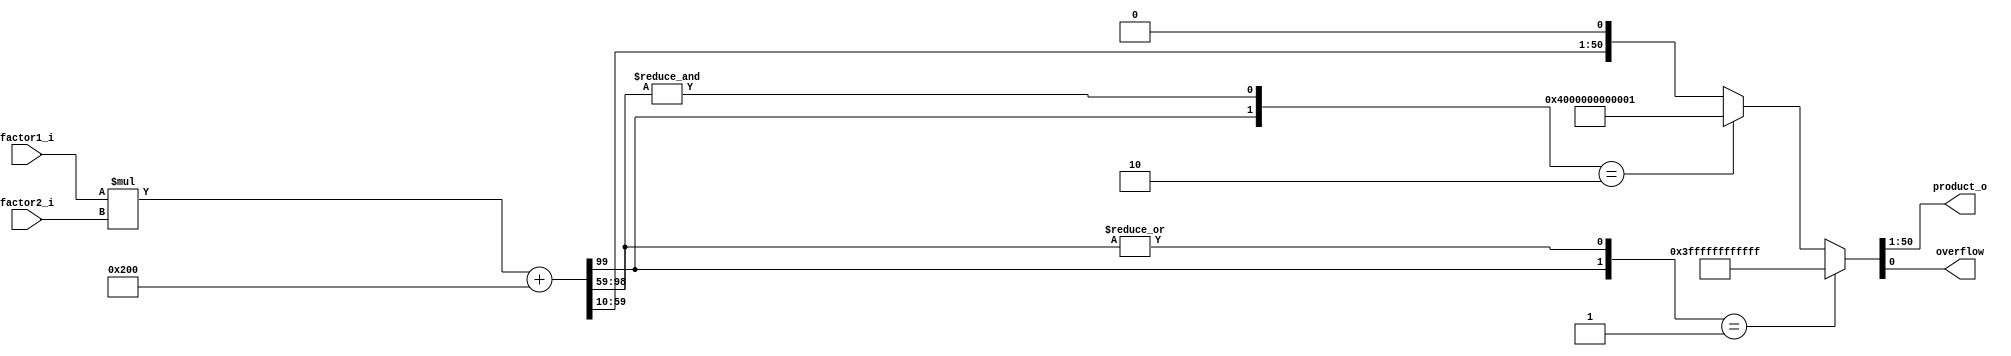
`timescale 1ns / 1ps
//////////////////////////////////////////////////////////////////////////////////
// Company: 
// Engineer: 
// 
// Design Name: 
// Module Name: product_sat
// Project Name: 
// Target Devices: 
// Tool Versions: 
// Description: 
// 
// Dependencies: 
// 
// Revision:
// Revision 0.01 - File Created
// Additional Comments:
// 
//////////////////////////////////////////////////////////////////////////////////
/*
###############################################################################
#    pyrpl - DSP servo controller for quantum optics with the RedPitaya
#    Copyright (C) 2014-2016  Leonhard Neuhaus  (neuhaus@spectro.jussieu.fr)
#
#    This program is free software: you can redistribute it and/or modify
#    it under the terms of the GNU General Public License as published by
#    the Free Software Foundation, either version 3 of the License, or
#    (at your option) any later version.
#
#    This program is distributed in the hope that it will be useful,
#    but WITHOUT ANY WARRANTY; without even the implied warranty of
#    MERCHANTABILITY or FITNESS FOR A PARTICULAR PURPOSE.  See the
#    GNU General Public License for more details.
#
#    You should have received a copy of the GNU General Public License
#    along with this program.  If not, see <http://www.gnu.org/licenses/>.
############################################################################### 
*/


module red_pitaya_product_sat
#( parameter BITS_IN1 = 50,
   parameter BITS_IN2 = 50,
   parameter BITS_OUT = 50,
   parameter SHIFT = 10
)
(
    input signed [BITS_IN1-1:0] factor1_i,
    input signed [BITS_IN2-1:0] factor2_i,
    output signed [BITS_OUT-1:0] product_o,
    output overflow
    );
wire signed [BITS_IN1+BITS_IN2-1:0] product;
//assign product = factor1_i*factor2_i;
// simple saturation added:
assign product = factor1_i*factor2_i + $signed(1 <<(SHIFT-1));
assign {product_o,overflow} =  ( {product[BITS_IN1+BITS_IN2-1],|product[BITS_IN1+BITS_IN2-2:SHIFT+BITS_OUT-1]} ==2'b01) ? {{1'b0,{BITS_OUT-1{1'b1}}},1'b1}  : //positive overflow
                    ( {product[BITS_IN1+BITS_IN2-1],&product[BITS_IN1+BITS_IN2-2:SHIFT+BITS_OUT-1]} ==2'b10) ? {{1'b1,{BITS_OUT-1{1'b0}}},1'b1}   : //negative overflow
                    {product[SHIFT+BITS_OUT-1:SHIFT],1'b0} ; //correct value           

endmodule